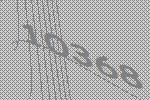
10368